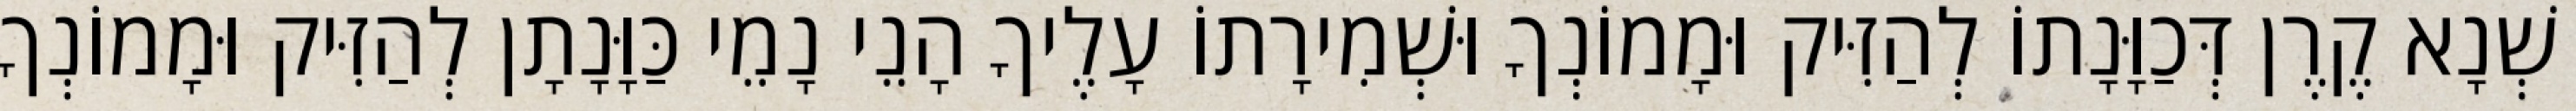
שְׁנָא קֶרֶן דְּכַוָּנָתוֹ לְהַזִּיק וּמָמוֹנְךָ וּשְׁמִירָתוֹ עָלֶיךָ הָנֵי נָמֵי כַּוָּנָתָן לְהַזִּיק וּמָמוֹנְךָ